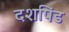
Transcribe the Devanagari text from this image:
दशपिंड